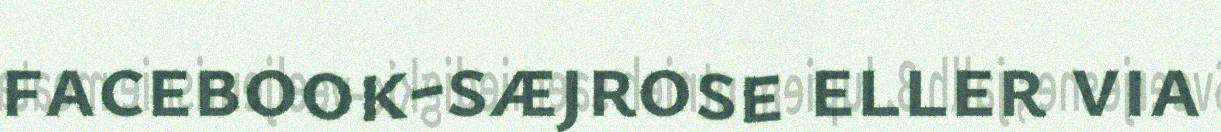
facebook-sæjrose eller via